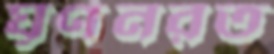
ঘূর্ণনরত